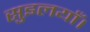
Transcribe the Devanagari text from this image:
सुइलयाँ।